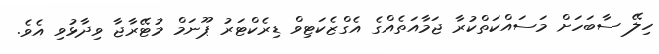
ހިލޭ ސާބަހަށް މަސައްކަތްކުރާ ޖަމާއަތެއްގެ އެގްޒެކަޓިވް ޑިރެކްޓަރު ޕޫނަމް މުޓޭރާޖާ ވިދާޅުވި އެވެ.